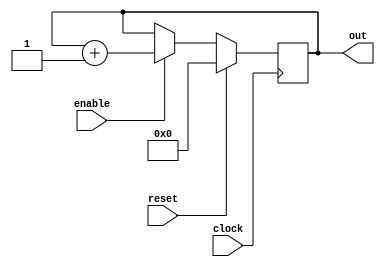
module counter(clock, reset, enable, out);
	parameter WIDTH = 8;
	input clock, reset, enable;
	output reg [WIDTH-1:0] out;
	always @(posedge clock) begin
		if(reset) out <= 0;
		else if(enable) out <= out + 1;
	end
endmodule